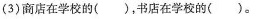
(3)商店在学校的( )，书店在学校的( )。